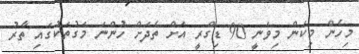
މިހެން މިކަން މިވަނީ 90 ޑިގްރީ އަށް ތެދަށް ހުންނަ މަގުތަކުގައި ތާރު